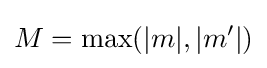
M=\max(|m|,|m'|)